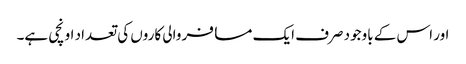
اور اس کے باوجود صرف ایک مسافر والی کاروں کی تعداد اونچی ہے۔